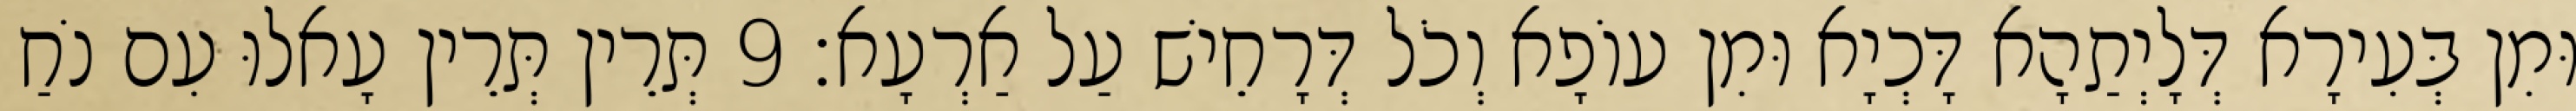
וּמִן בְּעִירָא דְּלָיְתַהָא דָּכְיָא וּמִן עוֹפָא וְכֹל דְּרָחֵישׁ עַל אַרְעָא׃ 9 תְּרֵין תְּרֵין עָאלוּ עִם נֹחַ